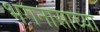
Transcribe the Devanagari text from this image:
भगनासाच्या